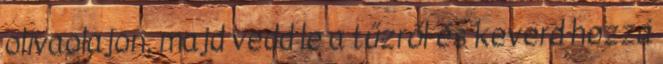
olívaolajon, majd vedd le a tűzről és keverd hozzá